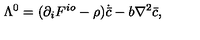
\Lambda ^ { 0 } = ( \partial _ { i } F ^ { i o } - \rho ) \dot { { \bar { c } } } - b \nabla ^ { 2 } { \bar { c } } ,